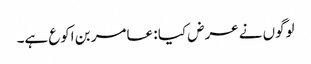
لوگوں نے عرض کیا : عامر بن اکوع ہے۔